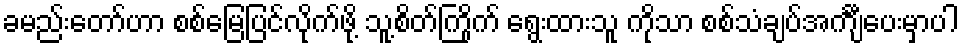
ခမည်းတော်ဟာ စစ်မြေပြင်လိုက်ဖို့ သူ့စိတ်ကြိုက် ရွေးထားသူ ကိုသာ စစ်သံချပ်အင်္ကျီပေးမှာပါ